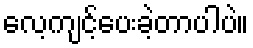
လေ့ကျင့်ပေးခဲ့တာပါပဲ။